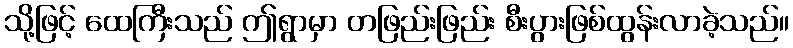
သို့ဖြင့် ထေကြီးသည် ဤရွာမှာ တဖြည်းဖြည်း စီးပွားဖြစ်ထွန်းလာခဲ့သည်။